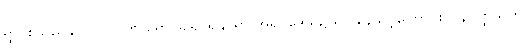
ရွာ၊ စသည်နှင် ပဂ္ဂိုလ်ကို ရှောင်ခါ၍ ရနိုင်ရာ အရပ်ဒေသ၌သာ နေသင့်ကြောင်း၊ ဝနပတ္ထသုတ်၊